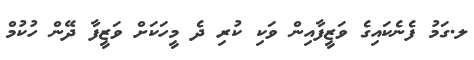
ލ.ގަމު ފެނެކައިގެ ވަޒީފާއިން ވަކި ކުރި ދެ މީހަކަށް ވަޒީފާ ދޭން ހުކުމް